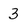
Character: 3